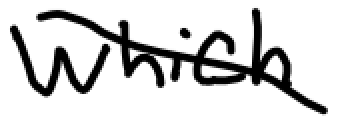
Text: which
Cross-out: diagonal
Writing tool: digital_black